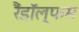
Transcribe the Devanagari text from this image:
रैंडॉल्फस